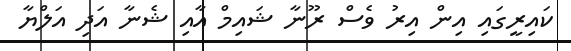
ކައިރީގައި އިން އިރު ވެސް ރޫނާ ޝައިމް އާއި ޝެނާ އަދި އަލްޔާ